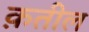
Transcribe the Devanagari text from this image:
क़तील